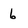
Character: 6